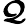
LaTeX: \boldsymbol{\mathcal{Q}}